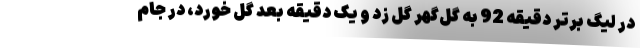
در لیگ برتر دقیقه 92 به گل‌گهر گل زد و یک دقیقه بعد گل خورد، در جام